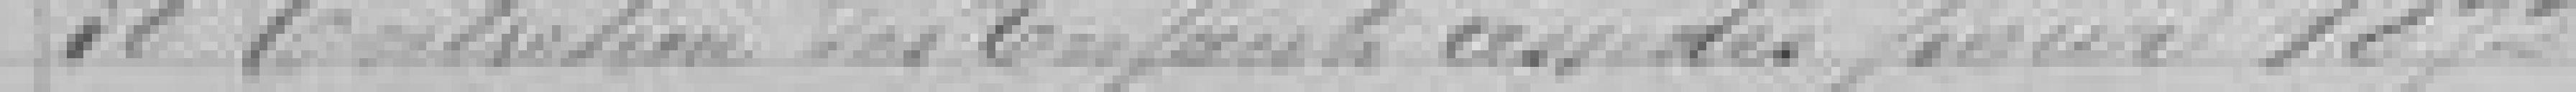
38. Entretien des Enfants assistés pour 1872